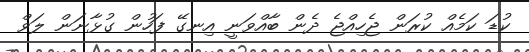
ކުޑަ ކަމެއް ކުރަން ޖެހިއްޖެ ދެން ބާއްވަނީ އިނގޭ ފަހުން ގުޅާނަން ލަވް